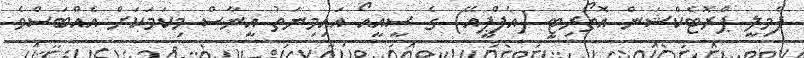
ފެމިލީ ޕްރޮޓެކްޝަން އޮތޯރިޓީ (އެފްޕީއޭ) ގެ ސީއީއޯ އައިމިނަތު އީނާސް މިކަމަކަށް އެއްބަސްވެ